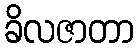
ခိလဇာတာ